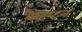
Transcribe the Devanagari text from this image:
बैरिंग्टन